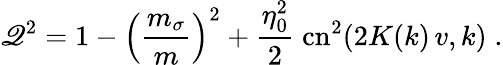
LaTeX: \mathscr{Q}^{2}=1-\left({\frac{{m_{\sigma}}}{{m}}}\right)^{2}+{\frac{{\eta_{0}^{2}}}{{2}}}\; \mathrm{{cn}}^{2}(2K(k)\, v,k)\; .